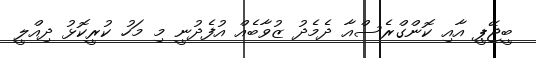
ބީޖޭޕީ އާއި ކޮންގްރެސްއާ ދެމެދު ޒުވާބެއް އުފެދުނީ މި މަހު ކުރީކޮޅު ދިއްލީ